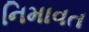
નિમાવત